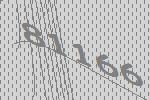
81166